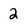
Character: 2